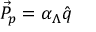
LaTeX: \vec { \cal P } _ { p } = \alpha _ { \Lambda } \hat { q }